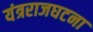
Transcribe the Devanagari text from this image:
यंत्रराजघटना